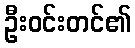
ဦးဝင်းတင်၏